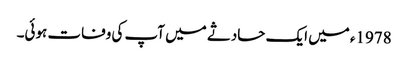
1978ء میں ایک حادثے میں آپ کی وفات ہوئی۔